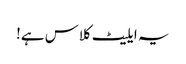
یہ ایلیٹ کلاس ہے!